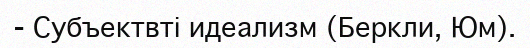
- Субъектвті идеализм (Беркли, Юм).